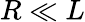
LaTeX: R\ll L